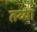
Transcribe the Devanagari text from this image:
तथ्या